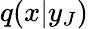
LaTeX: q(x|y_{J})